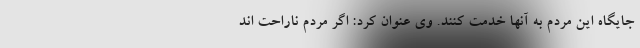
جایگاه این مردم به آنها خدمت کنند. وی عنوان کرد: اگر مردم ناراحت اند